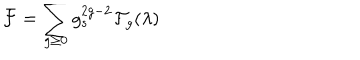
LaTeX: { \cal F } = \sum _ { g \geq 0 } g _ { s } ^ { 2 g - 2 } { \cal F } _ { g } ( \lambda )